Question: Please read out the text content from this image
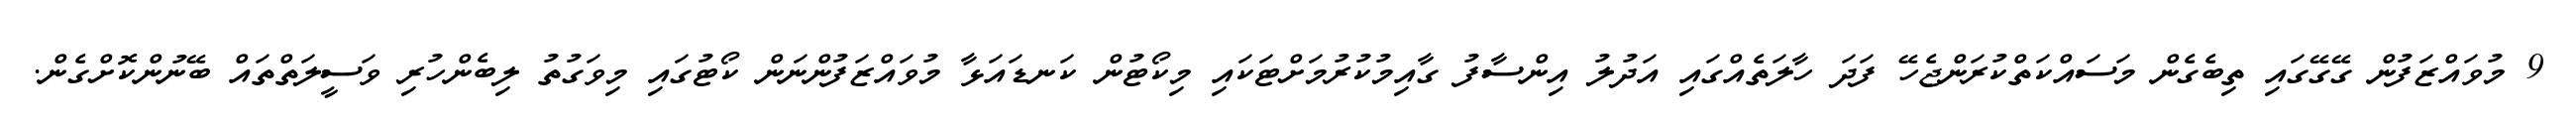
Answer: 9 މުވައްޒަފުން ގޭގޭގައި ތިބެގެން މަސައްކަތްކުރަންޖެހޭ ފަދަ ހާލަތެއްގައި އަދުލު އިންސާފު ގާއިމުކުރުމަށްޓަކައި މިކޯޓުން ކަނޑައަޅާ މުވައްޒަފުންނަން ކޯޓުގައި މިވަގުތު ލިބެންހުރި ވަސީލަތްތައް ބޭނުންކޮށްގެން.